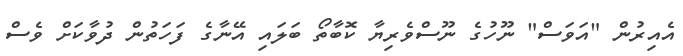
އެއިރުން "އަވަސް" ނޫހުގެ ނޫސްވެރިޔާ ކޮބާތޯ ބަލައި އޭނާގެ ފަހަތުން ދުވާކަށް ވެސް